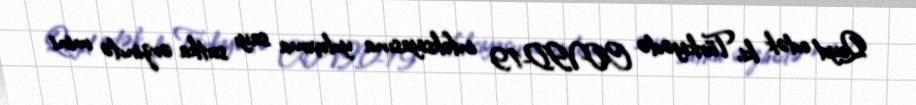
Qeyd edək ki, Türkiyədə COVID-19 infeksiyasına yoluxma sayı sutka ərzində mini